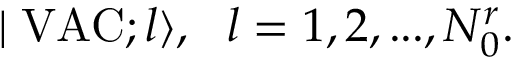
\mid \mathrm { V A C } ; l \rangle , \, \, \, \, l = 1 , 2 , . . . , N _ { 0 } ^ { r } .